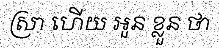
ស្រា ហើយ អួន ខ្លួន ថា